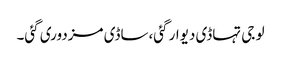
لو جی تہاڈی دیوار گئی،ساڈی مزدوری گئی۔